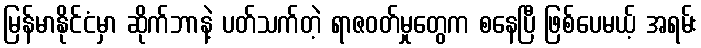
မြန်မာနိုင်ငံမှာ ဆိုက်ဘာနဲ့ ပတ်သက်တဲ့ ရာဇဝတ်မှုတွေက စနေပြီ ဖြစ်ပေမယ့် အရမ်း